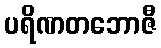
ပရိဏတဘောဇီ